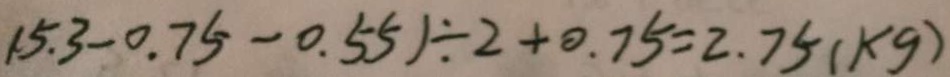
( 5 . 3 - 0 . 7 5 - 0 . 5 5 ) \div 2 + 0 . 7 5 = 2 . 7 5 ( k g )